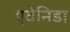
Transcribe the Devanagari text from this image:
एवेनिडा